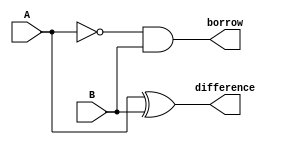
module Half_subtractor( input A,B, output difference, borrow);

assign difference = A^B;
assign borrow = ~A&B;

endmodule